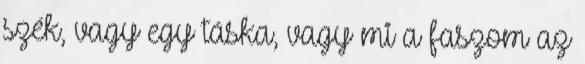
szék, vagy egy táska, vagy mi a faszom az